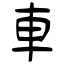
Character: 車